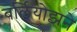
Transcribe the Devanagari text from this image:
बर्लियोझने